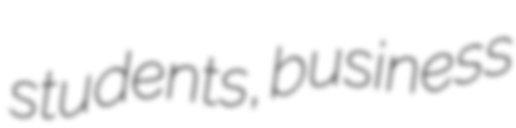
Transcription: students, business